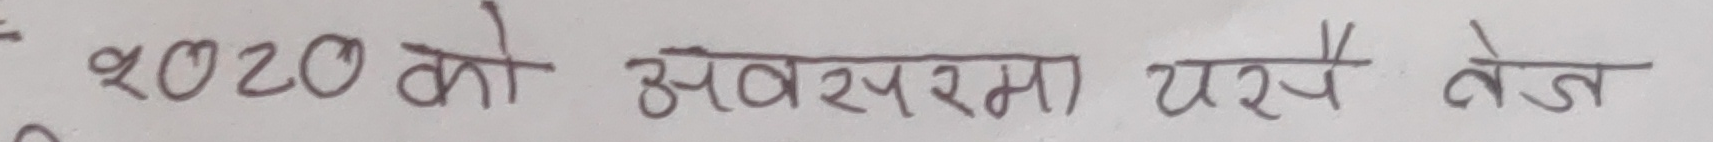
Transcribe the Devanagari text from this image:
२०२० को अवसरमा पर्ने तेज